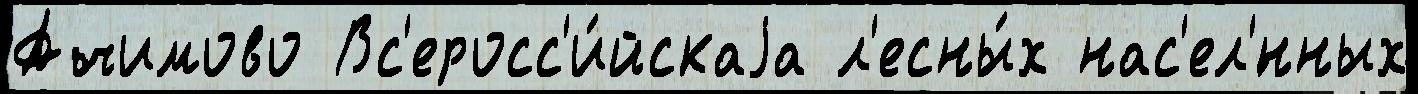
Ачимово Вс'еросс'и́йскаjа л'есны́х нас'ел'́нных